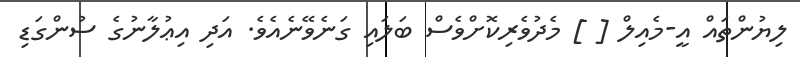
ލިޔުންތައް އީ-މެއިލް [ ] މެދުވެރިކޮށްވެސް ބަލައި ގަނެވޭނެއެވެ. އަދި އިޢުލާނުގެ ސުންގަޑި